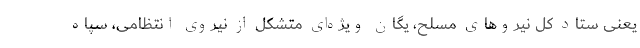
یعنی ستاد کل نیروهای مسلح، یگان ویژه‌ای متشکل از نیروی انتظامی، سپاه